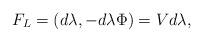
LaTeX: \begin{align*}F_L = (d\lambda, - d\lambda \Phi) = V d\lambda,\end{align*}